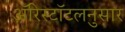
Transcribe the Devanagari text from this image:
ॲरिस्टॉटलनुसार